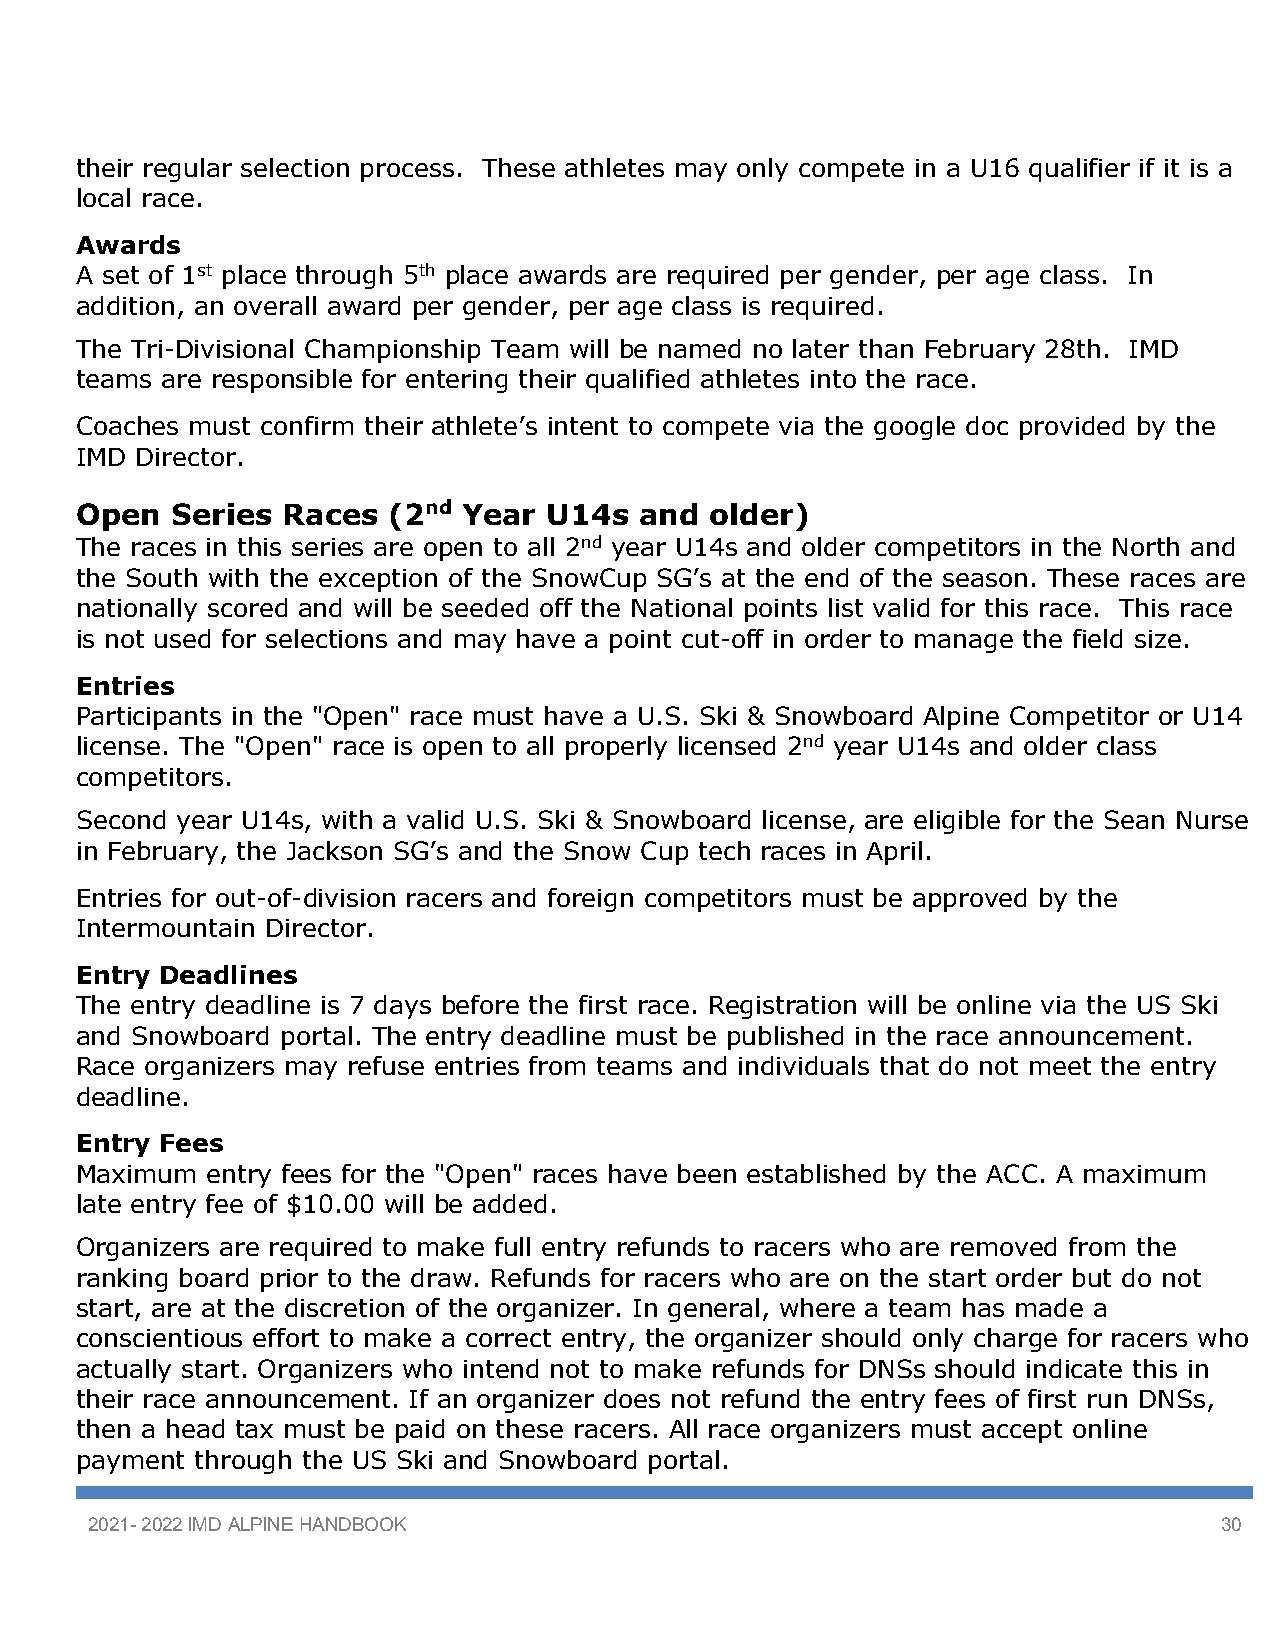
their regular selection process. These athletes may only compete in a U16 qualifier if it is a
 local race.
 Awards
 A set of 1st place through 5th place awards are required per gender, per age class. In
 addition, an overall award per gender, per age class is required.
 The Tri-Divisional Championship Team will be named no later than February 28th. IMD
 teams are responsible for entering their qualified athletes into the race.
 Coaches must confirm their athlete’s intent to compete via the google doc provided by the
 IMD Director.
 Open  Series  Races  (2nd Year U14s  and  older)
 The races in this series are open to all 2nd year U14s and older competitors in the North and
 the South with the exception of the SnowCup SG’s at the end of the season. These races are
 nationally scored and will be seeded off the National points list valid for this race. This race
 is not used for selections and may have a point cut-off in order to manage the field size.
 Entries
 Participants in the "Open" race must have a U.S. Ski & Snowboard Alpine Competitor or U14
 license. The "Open" race is open to all properly licensed 2nd year U14s and older class
 competitors.
 Second year U14s, with a valid U.S. Ski & Snowboard license, are eligible for the Sean Nurse
 in February, the Jackson SG’s and the Snow Cup tech races in April.
 Entries for out-of-division racers and foreign competitors must be approved by the
 Intermountain Director.
 Entry Deadlines
 The entry deadline is 7 days before the first race. Registration will be online via the US Ski
 and Snowboard portal. The entry deadline must be published in the race announcement.
 Race organizers may refuse entries from teams and individuals that do not meet the entry
 deadline.
 Entry Fees
 Maximum  entry fees for the "Open" races have been established by the ACC. A maximum
 late entry fee of $10.00 will be added.
 Organizers are required to make full entry refunds to racers who are removed from the
 ranking board prior to the draw. Refunds for racers who are on the start order but do not
 start, are at the discretion of the organizer. In general, where a team has made a
 conscientious effort to make a correct entry, the organizer should only charge for racers who
 actually start. Organizers who intend not to make refunds for DNSs should indicate this in
 their race announcement. If an organizer does not refund the entry fees of first run DNSs,
 then a head tax must be paid on these racers. All race organizers must accept online
 payment through the US Ski and Snowboard portal.
 2021- 2022 IMD ALPINE HANDBOOK                                             30